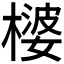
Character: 𪳪